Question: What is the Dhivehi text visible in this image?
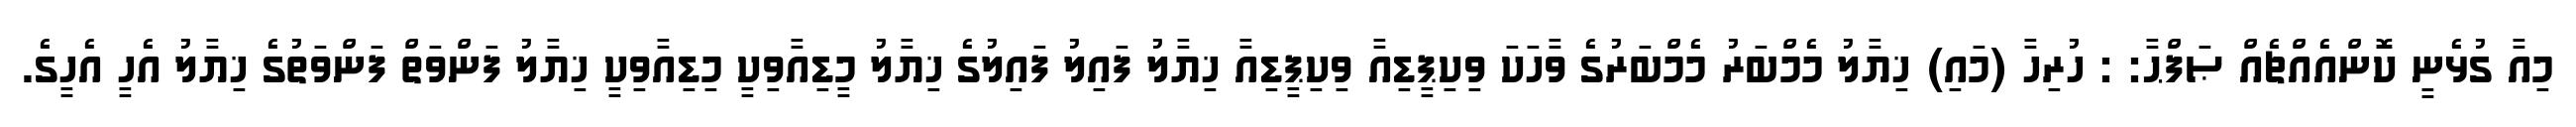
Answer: މިއާ ގުޅެނީ ކޮންއެއްޗެއް ޞަފްޙާ: : ހުރިހާ (މައި) ޚިޔާލު މެމްބަރު މެމްބަރުގެ ވާހަކަ ވިކިޕީޑިއާ ވިކިޕީޑިއާ ޚިޔާލު ފައިލު ފައިލުގެ ޚިޔާލު މީޑިއާވިކީ މިޑިއާވިކީ ޚިޔާލު ފަންވަތް ފަންވަތުގެ ޚިޔާލު އެހީ އެހީގެ.